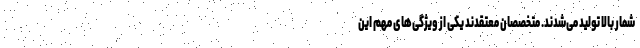
شمار بالا تولید می‌شدند. متخصصان معتقدند یکی از ویژگی‌های مهم این